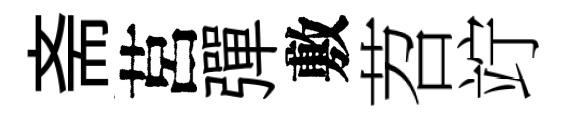
斋莒彈敷苕竚